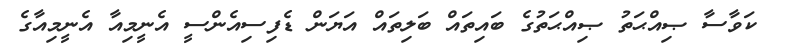
ކަވާސާ ޞިއްޙަތު ޞިއްޙަތުގެ ބައިތައް ބަލިތައް އަޔަން ޑެފިސިއެންސީ އެނީމިއާ އެނީމިއާގެ